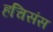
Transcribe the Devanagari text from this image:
हचिसंस